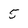
Character: 5